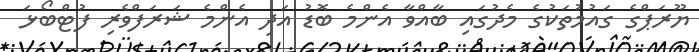
ޔޫރަޕްގެ ގައުމުތަކުގެ މެދުގައި ބާއްވާ އެންމެ ބޮޑު އަދި އެންމެ ޝަރަފްވެރި ފުޓްބޯޅަ